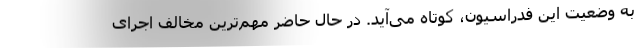
به وضعیت این فدراسیون، کوتاه می‌آید. در حال حاضر مهم‌ترین مخالف اجرای